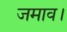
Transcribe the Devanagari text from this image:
जमाव।